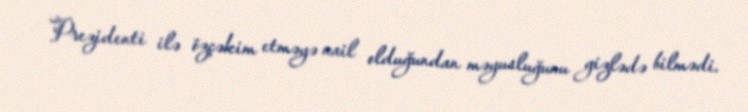
Prezidenti ilə özçəkim etməyə nail olduğundan məyusluğunu gizlədə bilmədi.